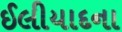
ઈલીયાદના